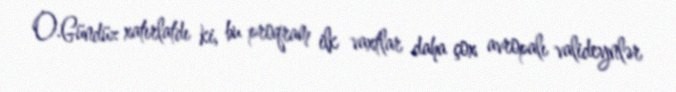
O.Gündüz xatırlatdı ki, bu proqram ilk vaxtlar daha çox avropalı valideynlər